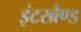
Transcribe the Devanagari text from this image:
इंटरब्रैण्ड